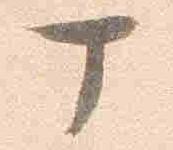
丁